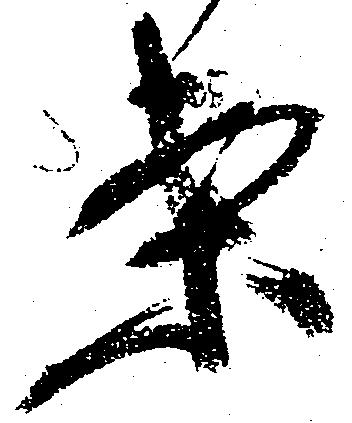
案